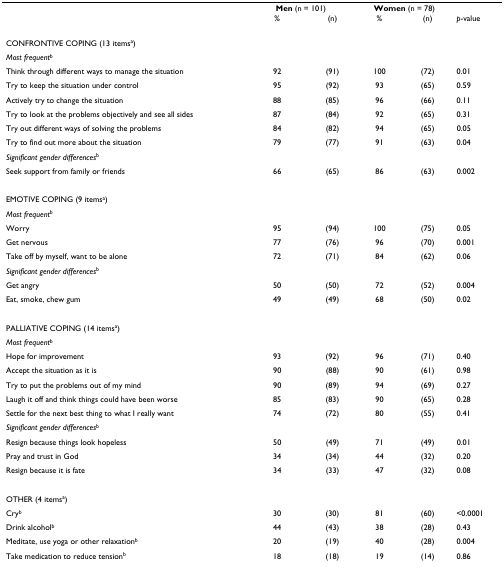
<table><thead><tr><td></td><td colspan="2"><b>Men (n = 101)</b></td><td colspan="2"><b>Women (n = 78)</b></td><td></td></tr><tr><td></td><td><b>%</b></td><td><b>(n)</b></td><td><b>%</b></td><td><b>(n)</b></td><td><b><i>p</i>-value</b></td></tr></thead><tbody><tr><td>CONFRONTIVE COPING (13 items<sup>a</sup>)</td><td></td><td></td><td></td><td></td><td></td></tr><tr><td><i>Most frequent</i><sup>b</sup></td><td></td><td></td><td></td><td></td><td></td></tr><tr><td>Think through different ways to manage the situation</td><td>92</td><td>(91)</td><td>100</td><td>(72)</td><td>0.01</td></tr><tr><td>Try to keep the situation under control</td><td>95</td><td>(92)</td><td>93</td><td>(65)</td><td>0.59</td></tr><tr><td>Actively try to change the situation</td><td>88</td><td>(85)</td><td>96</td><td>(66)</td><td>0.11</td></tr><tr><td>Try to look at the problems objectively and see all sides</td><td>87</td><td>(84)</td><td>92</td><td>(65)</td><td>0.31</td></tr><tr><td>Try out different ways of solving the problems</td><td>84</td><td>(82)</td><td>94</td><td>(65)</td><td>0.05</td></tr><tr><td>Try to find out more about the situation</td><td>79</td><td>(77)</td><td>91</td><td>(63)</td><td>0.04</td></tr><tr><td><i>Significant gender differences</i><sup>b</sup></td><td></td><td></td><td></td><td></td><td></td></tr><tr><td>Seek support from family or friends</td><td>66</td><td>(65)</td><td>86</td><td>(63)</td><td>0.002</td></tr><tr><td>EMOTIVE COPING (9 items<sup>a</sup>)</td><td></td><td></td><td></td><td></td><td></td></tr><tr><td><i>Most frequent</i><sup>b</sup></td><td></td><td></td><td></td><td></td><td></td></tr><tr><td>Worry</td><td>95</td><td>(94)</td><td>100</td><td>(75)</td><td>0.05</td></tr><tr><td>Get nervous</td><td>77</td><td>(76)</td><td>96</td><td>(70)</td><td>0.001</td></tr><tr><td>Take off by myself, want to be alone</td><td>72</td><td>(71)</td><td>84</td><td>(62)</td><td>0.06</td></tr><tr><td><i>Significant gender differences</i><sup>b</sup></td><td></td><td></td><td></td><td></td><td></td></tr><tr><td>Get angry</td><td>50</td><td>(50)</td><td>72</td><td>(52)</td><td>0.004</td></tr><tr><td>Eat, smoke, chew gum</td><td>49</td><td>(49)</td><td>68</td><td>(50)</td><td>0.02</td></tr><tr><td>PALLIATIVE COPING (14 items<sup>a</sup>)</td><td></td><td></td><td></td><td></td><td></td></tr><tr><td><i>Most frequent</i><sup>b</sup></td><td></td><td></td><td></td><td></td><td></td></tr><tr><td>Hope for improvement</td><td>93</td><td>(92)</td><td>96</td><td>(71)</td><td>0.40</td></tr><tr><td>Accept the situation as it is</td><td>90</td><td>(88)</td><td>90</td><td>(61)</td><td>0.98</td></tr><tr><td>Try to put the problems out of my mind</td><td>90</td><td>(89)</td><td>94</td><td>(69)</td><td>0.27</td></tr><tr><td>Laugh it off and think things could have been worse</td><td>85</td><td>(83)</td><td>90</td><td>(65)</td><td>0.28</td></tr><tr><td>Settle for the next best thing to what I really want</td><td>74</td><td>(72)</td><td>80</td><td>(55)</td><td>0.41</td></tr><tr><td><i>Significant gender differences</i><sup>b</sup></td><td></td><td></td><td></td><td></td><td></td></tr><tr><td>Resign because things look hopeless</td><td>50</td><td>(49)</td><td>71</td><td>(49)</td><td>0.01</td></tr><tr><td>Pray and trust in God</td><td>34</td><td>(34)</td><td>44</td><td>(32)</td><td>0.20</td></tr><tr><td>Resign because it is fate</td><td>34</td><td>(33)</td><td>47</td><td>(32)</td><td>0.08</td></tr><tr><td>OTHER (4 items<sup>a</sup>)</td><td></td><td></td><td></td><td></td><td></td></tr><tr><td>Cry<sup>b</sup></td><td>30</td><td>(30)</td><td>81</td><td>(60)</td><td>&lt;0.0001</td></tr><tr><td>Drink alcohol<sup>b</sup></td><td>44</td><td>(43)</td><td>38</td><td>(28)</td><td>0.43</td></tr><tr><td>Meditate, use yoga or other relaxation<sup>b</sup></td><td>20</td><td>(19)</td><td>40</td><td>(28)</td><td>0.004</td></tr><tr><td>Take medication to reduce tension<sup>b</sup></td><td>18</td><td>(18)</td><td>19</td><td>(14)</td><td>0.86</td></tr></tbody></table>